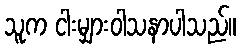
သူက ငါးမျှားဝါသနာပါသည်။